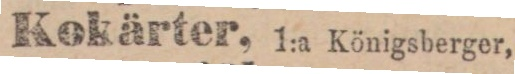
Kokärter, 1:a Königsberger,